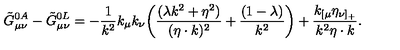
\tilde { G } _ { \mu \nu } ^ { 0 A } - \tilde { G } _ { \mu \nu } ^ { 0 L } = - { \frac { 1 } { k ^ { 2 } } } k _ { \mu } k _ { \nu } \biggl ( { \frac { ( \lambda k ^ { 2 } + \eta ^ { 2 } ) } { ( \eta \cdot k ) ^ { 2 } } } + { \frac { ( 1 - \lambda ) } { k ^ { 2 } } } \biggr ) + { \frac { k _ { [ \mu } \eta _ { \nu ] _ { + } } } { k ^ { 2 } \eta \cdot k } } .